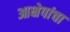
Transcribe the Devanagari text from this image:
आक्षेपांचा